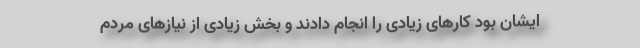
ایشان بود کار‌های زیادی را انجام دادند و بخش زیادی از نیازهای مردم